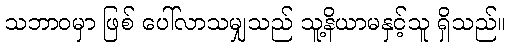
သဘာဝမှာ ဖြစ် ပေါ်လာသမျှသည် သူ့နိယာမနှင့်သူ ရှိသည်။